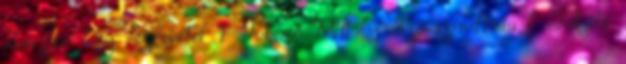
Zsuzsa: Egy észrevétel 1 Takaró Mihály Szó-szimfónia 1 Takáts